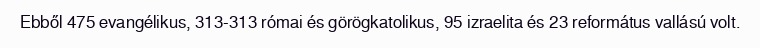
Ebből 475 evangélikus, 313-313 római és görögkatolikus, 95 izraelita és 23 református vallású volt.